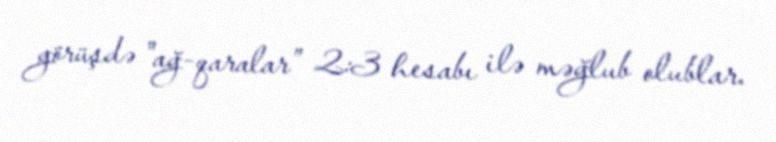
görüşdə "ağ-qaralar” 2:3 hesabı ilə məğlub olublar.